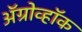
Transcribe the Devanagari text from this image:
अॅग्रोव्हॉक